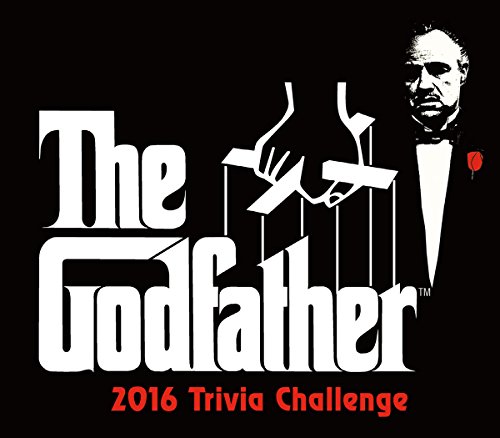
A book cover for The Godfather Trivia Challenge 2016 Boxed/Daily Calendar; Paramount; Calendars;